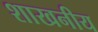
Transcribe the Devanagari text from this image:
शाखनीय